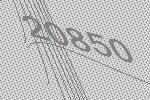
20850